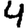
Digit: 4